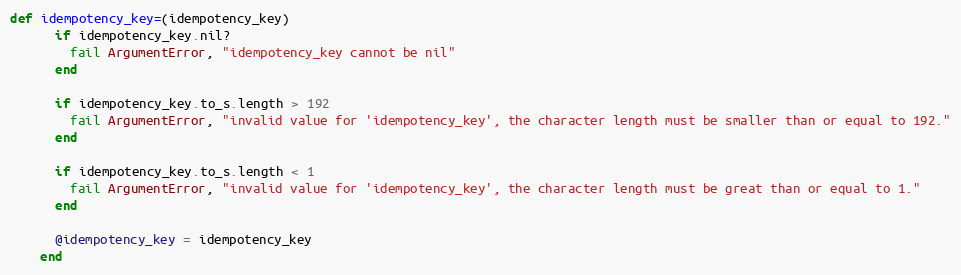
Language: Ruby
def idempotency_key=(idempotency_key)
      if idempotency_key.nil?
        fail ArgumentError, "idempotency_key cannot be nil"
      end

      if idempotency_key.to_s.length > 192
        fail ArgumentError, "invalid value for 'idempotency_key', the character length must be smaller than or equal to 192."
      end

      if idempotency_key.to_s.length < 1
        fail ArgumentError, "invalid value for 'idempotency_key', the character length must be great than or equal to 1."
      end

      @idempotency_key = idempotency_key
    end